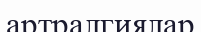
артралгиялар